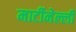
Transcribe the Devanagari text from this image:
मार्टीनेल्ली